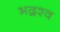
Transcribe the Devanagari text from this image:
भद्रश्व